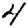
Digit: 4